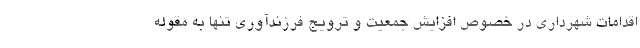
اقدامات شهرداری در خصوص افزایش جمعیت و ترویج فرزندآوری تنها به مقوله